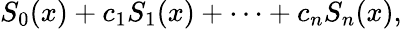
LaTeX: S_{0}(x)+c_{1}S_{1}(x)+\cdots+c_{n}S_{n}(x),